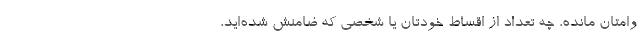
وامتان مانده، چه تعداد از اقساط خودتان یا شخصی که ضامنش شده‌اید،